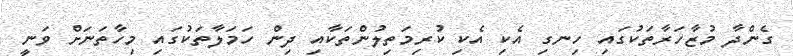
ގެންދާ މުޒާހަރާތަކުގައި ހިނގި އެކި އެކި ކުރިމަތިލުންތަކާއި ދިން ހަމަލާތަކުގައި މިހާތަނަށް ވަނީ